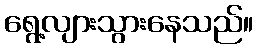
ရွေ့လျားသွားနေသည်။